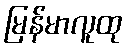
မြန်မာလူထု